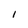
Character: I